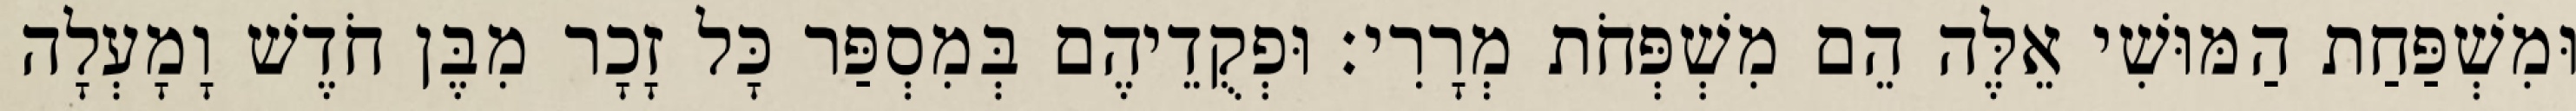
וּמִשְׁפַּחַת הַמּוּשִׁי אֵלֶּה הֵם מִשְׁפְּחֹת מְרָרִי׃ וּפְקֻדֵיהֶם בְּמִסְפַּר כָּל זָכָר מִבֶּן חֹדֶשׁ וָמָעְלָה